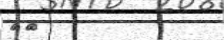
٤١